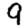
Digit: 9